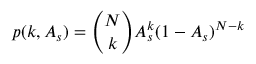
p ( k , A _ { s } ) = { \binom { N } { k } } A _ { s } ^ { k } ( 1 - A _ { s } ) ^ { N - k }